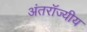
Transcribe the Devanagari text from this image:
अंतरॉज्यीय